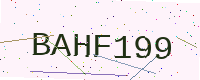
Text: BAHF199